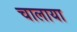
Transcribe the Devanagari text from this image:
चालाया